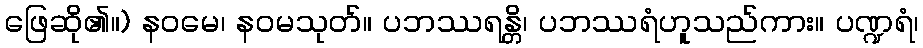
ဖြေဆို၏။) နဝမေ၊ နဝမသုတ်။ ပဘဿရန္တိ၊ ပဘဿရံဟူသည်ကား။ ပဏ္ဍရံ၊